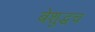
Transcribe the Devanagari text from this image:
बेशुद्धच